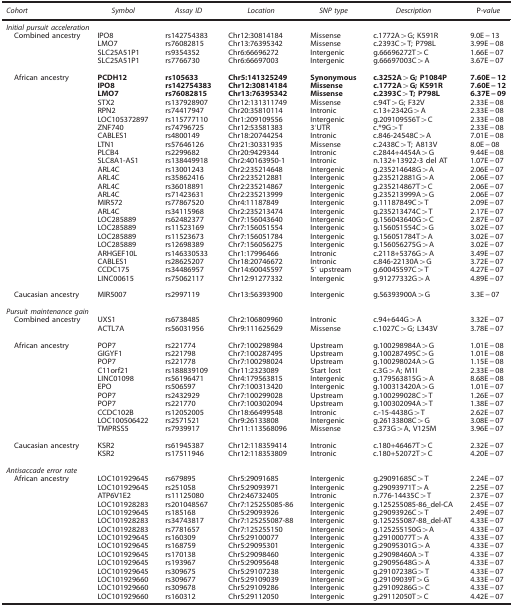
<table><thead><tr><td><b><i>Cohort</i></b></td><td><b><i>Symbol</i></b></td><td><b><i>Assay ID</i></b></td><td><b><i>Location</i></b></td><td><b><i>SNP type</i></b></td><td><b><i>Description</i></b></td><td><b>P<i>-value</i></b></td></tr></thead><tbody><tr><td colspan="7"><i>Initial pursuit acceleration</i></td></tr><tr><td><i> </i>Combined ancestry</td><td>IPO8</td><td>rs142754383</td><td>Chr12:30814184</td><td>Missense</td><td>c.1772A&gt;G; K591R</td><td>9.0E−13</td></tr><tr><td> </td><td>LMO7</td><td>rs76082815</td><td>Chr13:76395342</td><td>Missense</td><td>c.2393C&gt;T; P798L</td><td>3.99E−08</td></tr><tr><td> </td><td>SLC25A51P1</td><td>rs9354352</td><td>Chr6:66696272</td><td>Intergenic</td><td>g.66696272T&gt;C</td><td>1.66E−07</td></tr><tr><td> </td><td>SLC25A51P1</td><td>rs7766730</td><td>Chr6:66697003</td><td>Intergenic</td><td>g.66697003C&gt;A</td><td>3.67E−07</td></tr><tr><td> </td><td> </td><td> </td><td> </td><td> </td><td> </td><td> </td></tr><tr><td> African ancestry</td><td><b>PCDH12</b></td><td><b>rs105633</b></td><td><b>Chr5:141325249</b></td><td><b>Synonymous</b></td><td><b>c.3252A&gt;G; P1084P</b></td><td><b>7.60E−12</b></td></tr><tr><td> </td><td><b>IPO8</b></td><td><b>rs142754383</b></td><td><b>Chr12:30814184</b></td><td><b>Missense</b></td><td><b>c.1772A&gt;G; K591R</b></td><td><b>7.60E−12</b></td></tr><tr><td> </td><td><b>LMO7</b></td><td><b>rs76082815</b></td><td><b>Chr13:76395342</b></td><td><b>Missense</b></td><td><b>c.2393C&gt;T; P798L</b></td><td><b>6.37E−09</b></td></tr><tr><td> </td><td>STX2</td><td>rs137928907</td><td>Chr12:131311749</td><td>Missense</td><td>c.94T&gt;G; F32V</td><td>2.33E−08</td></tr><tr><td> </td><td>RPN2</td><td>rs74417947</td><td>Chr20:35810114</td><td>Intronic</td><td>c.13+2342G&gt;A</td><td>2.33E−08</td></tr><tr><td> </td><td>LOC105372897</td><td>rs115777110</td><td>Chr1:209109556</td><td>Intergenic</td><td>g.209109556T&gt;C</td><td>2.33E−08</td></tr><tr><td> </td><td>ZNF740</td><td>rs74796725</td><td>Chr12:53581383</td><td>3′UTR</td><td>c.*9G&gt;T</td><td>2.33E−08</td></tr><tr><td> </td><td>CABLES1</td><td>rs4800149</td><td>Chr18:20744254</td><td>Intronic</td><td>c.846-24548C&gt;A</td><td>7.01E−08</td></tr><tr><td> </td><td>LTN1</td><td>rs57646126</td><td>Chr21:30331935</td><td>Missense</td><td>c.2438C&gt;T; A813V</td><td>8.0E−08</td></tr><tr><td> </td><td>PLCB4</td><td>rs2299682</td><td>Chr20:9429344</td><td>Intronic</td><td>c.2844+4454A&gt;G</td><td>9.44E−08</td></tr><tr><td> </td><td>SLC8A1-AS1</td><td>rs138449918</td><td>Chr2:40163950-1</td><td>Intronic</td><td>n.132+13922-3 del AT</td><td>1.07E−07</td></tr><tr><td> </td><td>ARL4C</td><td>rs13001243</td><td>Chr2:235214648</td><td>Intergenic</td><td>g.235214648G&gt;A</td><td>2.06E−07</td></tr><tr><td> </td><td>ARL4C</td><td>rs35862416</td><td>Chr2:235212881</td><td>Intergenic</td><td>g.235212881G&gt;A</td><td>2.06E−07</td></tr><tr><td> </td><td>ARL4C</td><td>rs36018891</td><td>Chr2:235214867</td><td>Intergenic</td><td>g.235214867T&gt;C</td><td>2.06E−07</td></tr><tr><td> </td><td>ARL4C</td><td>rs71423631</td><td>Chr2:235213999</td><td>Intergenic</td><td>g.235213999A&gt;G</td><td>2.06E−07</td></tr><tr><td> </td><td>MIR572</td><td>rs77867520</td><td>Chr4:11187849</td><td>Intergenic</td><td>g.11187849C&gt;T</td><td>2.09E−07</td></tr><tr><td> </td><td>ARL4C</td><td>rs34115968</td><td>Chr2:235213474</td><td>Intergenic</td><td>g.235213474C&gt;T</td><td>2.17E−07</td></tr><tr><td> </td><td>LOC285889</td><td>rs62482377</td><td>Chr7:156043640</td><td>Intergenic</td><td>g.156043640G&gt;C</td><td>2.87E−07</td></tr><tr><td> </td><td>LOC285889</td><td>rs11523169</td><td>Chr7:156051554</td><td>Intergenic</td><td>g.156051554C&gt;G</td><td>3.02E−07</td></tr><tr><td> </td><td>LOC285889</td><td>rs11523673</td><td>Chr7:156051784</td><td>Intergenic</td><td>g.156051784T&gt;A</td><td>3.02E−07</td></tr><tr><td> </td><td>LOC285889</td><td>rs12698389</td><td>Chr7:156056275</td><td>Intergenic</td><td>g.156056275G&gt;A</td><td>3.02E−07</td></tr><tr><td> </td><td>ARHGEF10L</td><td>rs146330533</td><td>Chr1:17996466</td><td>Intronic</td><td>c.2118+5376G&gt;A</td><td>3.49E−07</td></tr><tr><td> </td><td>CABLES1</td><td>rs28625207</td><td>Chr18:20746672</td><td>Intronic</td><td>c.846-22130A&gt;G</td><td>3.72E−07</td></tr><tr><td> </td><td>CCDC175</td><td>rs34486957</td><td>Chr14:60045597</td><td>5′ upstream</td><td>g.60045597C&gt;T</td><td>4.27E−07</td></tr><tr><td> </td><td>LINC00615</td><td>rs75062117</td><td>Chr12:91277332</td><td>Intergenic</td><td>g.91277332G&gt;A</td><td>4.89E−07</td></tr><tr><td> </td><td> </td><td> </td><td> </td><td> </td><td> </td><td> </td></tr><tr><td> Caucasian ancestry</td><td>MIR5007</td><td>rs2997119</td><td>Chr13:56393900</td><td>Intergenic</td><td>g.56393900A&gt;G</td><td>3.3E−07</td></tr><tr><td> </td><td> </td><td> </td><td> </td><td> </td><td> </td><td> </td></tr><tr><td colspan="7"><i>Pursuit maintenance gain</i></td></tr><tr><td> Combined ancestry</td><td>UXS1</td><td>rs6738485</td><td>Chr2:106809960</td><td>Intronic</td><td>c.94+644G&gt;A</td><td>3.32E−07</td></tr><tr><td> </td><td>ACTL7A</td><td>rs56031956</td><td>Chr9:111625629</td><td>Missense</td><td>c.1027C&gt;G; L343V</td><td>3.78E−07</td></tr><tr><td> </td><td> </td><td> </td><td> </td><td> </td><td> </td><td> </td></tr><tr><td> African ancestry</td><td>POP7</td><td>rs221774</td><td>Chr7:100298984</td><td>Upstream</td><td>g.100298984A&gt;G</td><td>1.01E−08</td></tr><tr><td> </td><td>GIGYF1</td><td>rs221798</td><td>Chr7:100287495</td><td>Upstream</td><td>g.100287495C&gt;G</td><td>1.01E−08</td></tr><tr><td> </td><td>POP7</td><td>rs221778</td><td>Chr7:100298024</td><td>Upstream</td><td>g.100298024A&gt;G</td><td>1.15E−08</td></tr><tr><td> </td><td>C11orf21</td><td>rs188839109</td><td>Chr11:2323089</td><td>Start lost</td><td>c.3G&gt;A; M1I</td><td>2.33E−08</td></tr><tr><td> </td><td>LINC01098</td><td>rs56196471</td><td>Chr4:179563815</td><td>Intergenic</td><td>g.179563815G&gt;A</td><td>8.68E−08</td></tr><tr><td> </td><td>EPO</td><td>rs506597</td><td>Chr7:100313420</td><td>Intergenic</td><td>g.100313420A&gt;G</td><td>1.01E−07</td></tr><tr><td> </td><td>POP7</td><td>rs2432929</td><td>Chr7:100299028</td><td>Upstream</td><td>g.100299028C&gt;T</td><td>1.26E−07</td></tr><tr><td> </td><td>POP7</td><td>rs221770</td><td>Chr7:100302094</td><td>Upstream</td><td>g.100302094A&gt;T</td><td>1.38E−07</td></tr><tr><td> </td><td>CCDC102B</td><td>rs12052005</td><td>Chr18:66499548</td><td>Intronic</td><td>c.-15-4438G&gt;T</td><td>2.62E−07</td></tr><tr><td> </td><td>LOC100506422</td><td>rs2571521</td><td>Chr9:26133808</td><td>Intergenic</td><td>g.26133808C&gt;G</td><td>3.08E−07</td></tr><tr><td> </td><td>TMPRSS5</td><td>rs7939917</td><td>Chr11:113568096</td><td>Missense</td><td>c.373G&gt;A, V125M</td><td>3.96E−07</td></tr><tr><td> </td><td> </td><td> </td><td> </td><td> </td><td> </td><td> </td></tr><tr><td> Caucasian ancestry</td><td>KSR2</td><td>rs61945387</td><td>Chr12:118359414</td><td>Intronic</td><td>c.180+46467T&gt;C</td><td>2.32E−07</td></tr><tr><td> </td><td>KSR2</td><td>rs17511946</td><td>Chr12:118353809</td><td>Intronic</td><td>c.180+52072T&gt;C</td><td>4.20E−07</td></tr><tr><td> </td><td> </td><td> </td><td> </td><td> </td><td> </td><td> </td></tr><tr><td colspan="7"><i>Antisaccade error rate</i></td></tr><tr><td> African ancestry</td><td>LOC101929645</td><td>rs679895</td><td>Chr5:29091685</td><td>Intergenic</td><td>g.29091685C&gt;T</td><td>2.24E−07</td></tr><tr><td> </td><td>LOC101929645</td><td>rs251058</td><td>Chr5:29093971</td><td>Intergenic</td><td>g.29093971T&gt;A</td><td>2.25E−07</td></tr><tr><td> </td><td>ATP6V1E2</td><td>rs11125080</td><td>Chr2:46732405</td><td>Intronic</td><td>n.776-14435C&gt;T</td><td>2.37E−07</td></tr><tr><td> </td><td>LOC101928283</td><td>rs201048567</td><td>Chr7:125255085-86</td><td>Intergenic</td><td>g.125255085-86_del-CA</td><td>2.45E−07</td></tr><tr><td> </td><td>LOC101929645</td><td>rs185168</td><td>Chr5:29093926</td><td>Intergenic</td><td>g.29093926C&gt;T</td><td>2.49E−07</td></tr><tr><td> </td><td>LOC101928283</td><td>rs34743817</td><td>Chr7:125255087-88</td><td>Intergenic</td><td>g.125255087-88_del-AT</td><td>4.33E−07</td></tr><tr><td> </td><td>LOC101928283</td><td>rs7781657</td><td>Chr7:125255150</td><td>Intergenic</td><td>g.125255150G&gt;A</td><td>4.33E−07</td></tr><tr><td> </td><td>LOC101929645</td><td>rs160309</td><td>Chr5:29100077</td><td>Intergenic</td><td>g.29100077T&gt;A</td><td>4.33E−07</td></tr><tr><td> </td><td>LOC101929645</td><td>rs168759</td><td>Chr5:29095301</td><td>Intergenic</td><td>g.29095301G&gt;A</td><td>4.33E−07</td></tr><tr><td> </td><td>LOC101929645</td><td>rs170138</td><td>Chr5:29098460</td><td>Intergenic</td><td>g.29098460A&gt;T</td><td>4.33E−07</td></tr><tr><td> </td><td>LOC101929645</td><td>rs193967</td><td>Chr5:29095648</td><td>Intergenic</td><td>g.29095648G&gt;A</td><td>4.33E−07</td></tr><tr><td> </td><td>LOC101929645</td><td>rs309675</td><td>Chr5:29107238</td><td>Intergenic</td><td>g.29107238G&gt;T</td><td>4.33E−07</td></tr><tr><td> </td><td>LOC101929660</td><td>rs309677</td><td>Chr5:29109039</td><td>Intergenic</td><td>g.29109039T&gt;G</td><td>4.33E−07</td></tr><tr><td> </td><td>LOC101929660</td><td>rs309678</td><td>Chr5:29109286</td><td>Intergenic</td><td>g.29109286G&gt;C</td><td>4.33E−07</td></tr><tr><td> </td><td>LOC101929660</td><td>rs160312</td><td>Chr5:29112050</td><td>Intergenic</td><td>g.29112050T&gt;C</td><td>4.42E−07</td></tr></tbody></table>